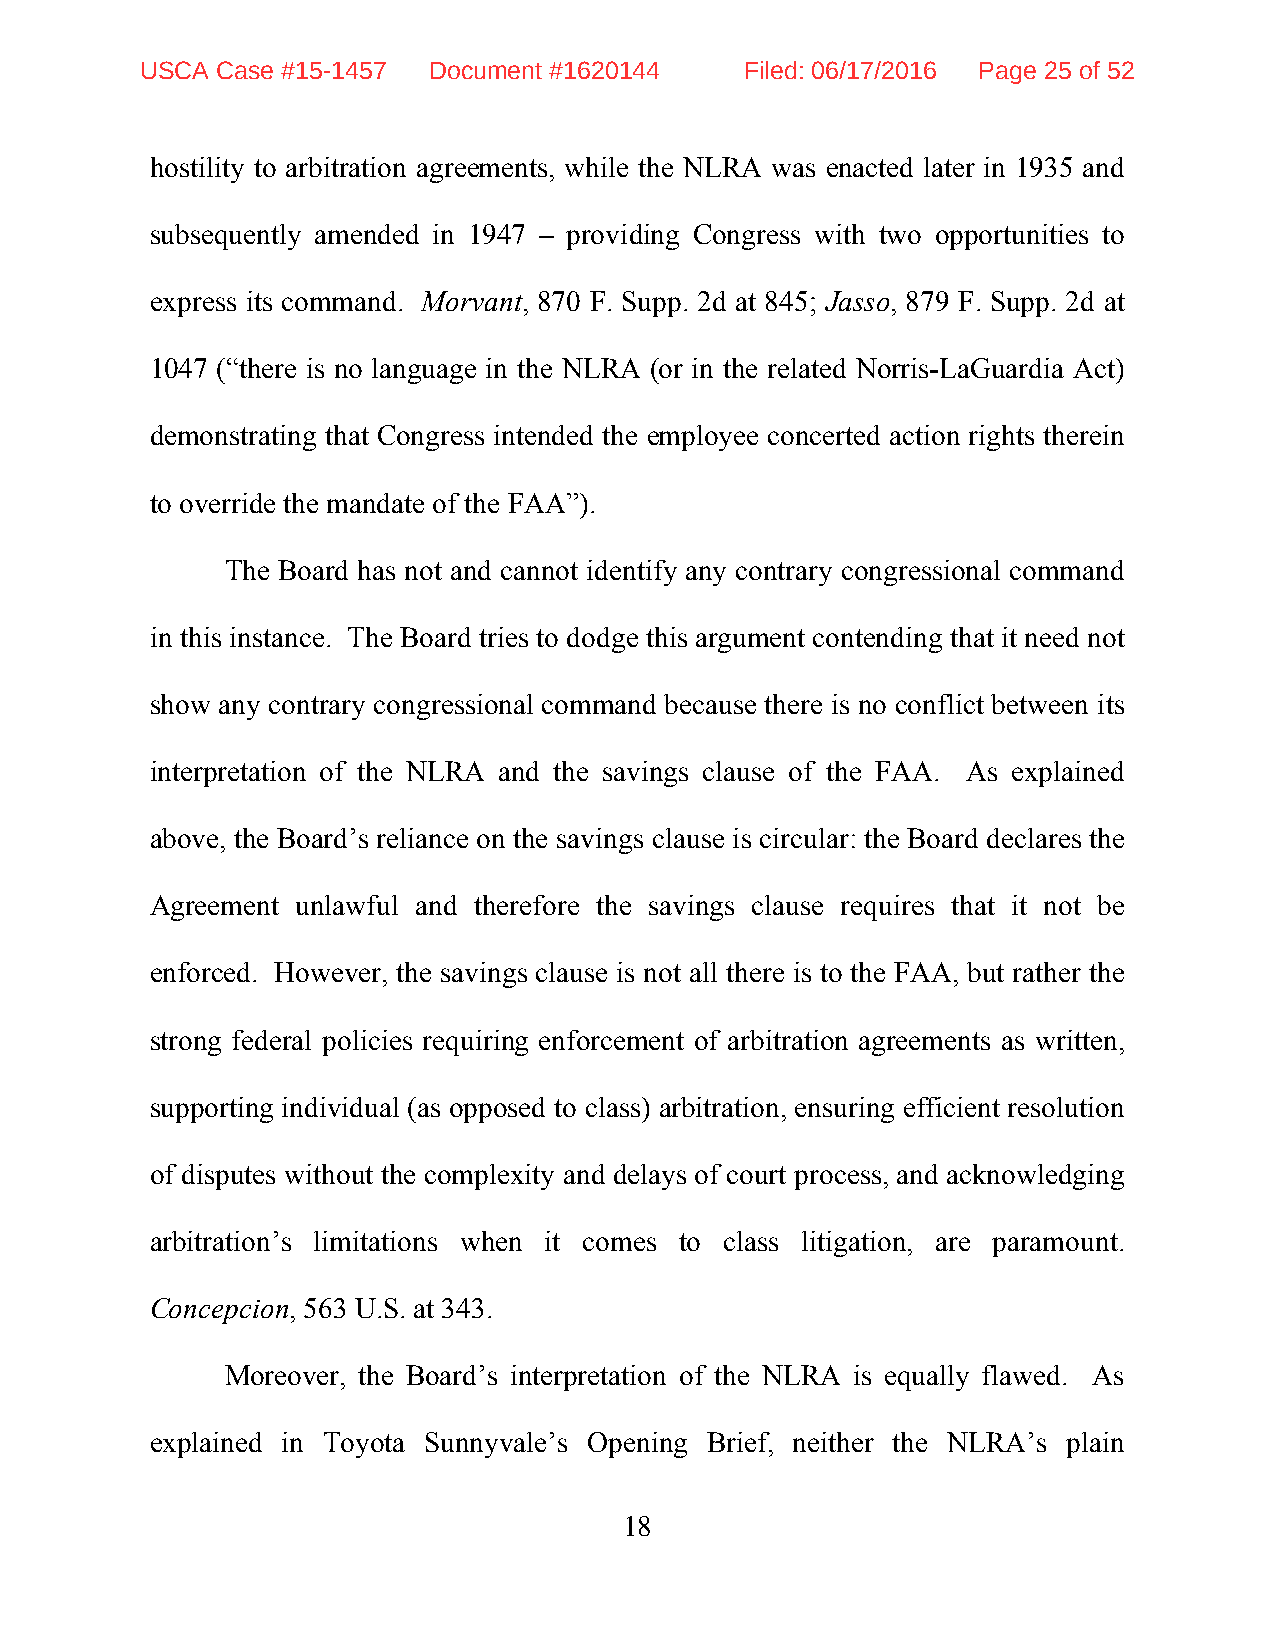
USCA Case #15-1457 Document #1620144    Filed: 06/17/2016 Page 25 of 52
 hostility to arbitration agreements, while the NLRA was enacted later in 1935 and
 subsequently amended in 1947 – providing Congress with two opportunities to
 express its command. Morvant, 870 F. Supp. 2d at 845; Jasso, 879 F. Supp. 2d at
 1047 (“there is no language in the NLRA (or in the related Norris-LaGuardia Act)
 demonstrating that Congress intended the employee concerted action rights therein
 to override the mandate of the FAA”).
 The Board has not and cannot identify any contrary congressional command
 in this instance. The Board tries to dodge this argument contending that it need not
 show any contrary congressional command because there is no conflict between its
 interpretation of the NLRA and the savings clause of the FAA. As explained
 above, the Board’s reliance on the savings clause is circular: the Board declares the
 Agreement unlawful and therefore the savings clause requires that it not be
 enforced. However, the savings clause is not all there is to the FAA, but rather the
 strong federal policies requiring enforcement of arbitration agreements as written,
 supporting individual (as opposed to class) arbitration, ensuring efficient resolution
 of disputes without the complexity and delays of court process, and acknowledging
 arbitration’s limitations when it comes to class litigation, are paramount.
 Concepcion, 563 U.S. at 343.
 Moreover, the Board’s interpretation of the NLRA is equally flawed. As
 explained in Toyota Sunnyvale’s Opening Brief, neither the NLRA’s plain
 18